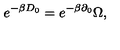
e ^ { - \beta D _ { 0 } } = e ^ { - \beta \partial _ { 0 } } \Omega ,